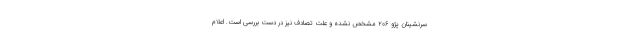
سرنشینان پژو ۲۰۶ مشخص نشده و علت تصادف نیز در دست بررسی است. اعلام